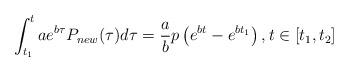
LaTeX: \begin{align*}\int_{t_1}^{t} ae^{b\tau}P_{new}(\tau)d\tau = \frac{a}{b} p\left(e^{bt} - e^{bt_1}\right), t \in [t_1,t_2]\end{align*}